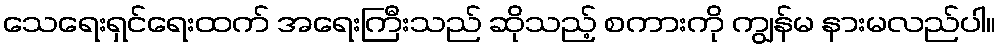
သေရေးရှင်ရေးထက် အရေးကြီးသည် ဆိုသည့် စကားကို ကျွန်မ နားမလည်ပါ။